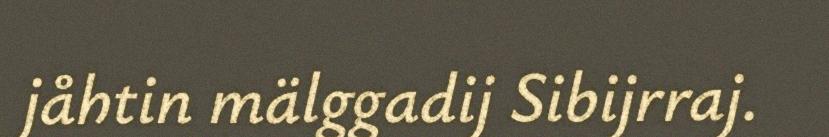
jåhtin mälggadij Sibijrraj.